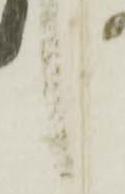
候